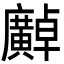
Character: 𫸍